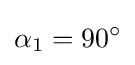
\alpha _{\rm {1}}=90^{\circ }